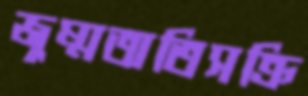
জুম্মঅতিসক্রি